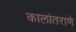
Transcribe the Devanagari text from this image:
कालांतराणे